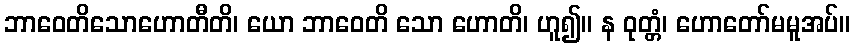
ဘာဝေတိသောဟောတီတိ၊ ယော ဘာဝေတိ သော ဟောတိ၊ ဟူ၍။ န ဝုတ္တံ၊ ဟောတော်မမူအပ်။